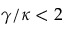
\gamma / \kappa < 2